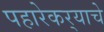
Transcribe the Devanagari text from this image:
पहारेकर्‍याचे